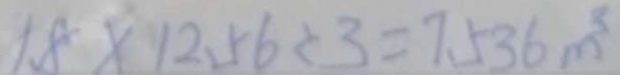
1 . 8 \times 1 2 . 5 6 \div 3 = 7 . 5 3 6 m ^ { 3 }